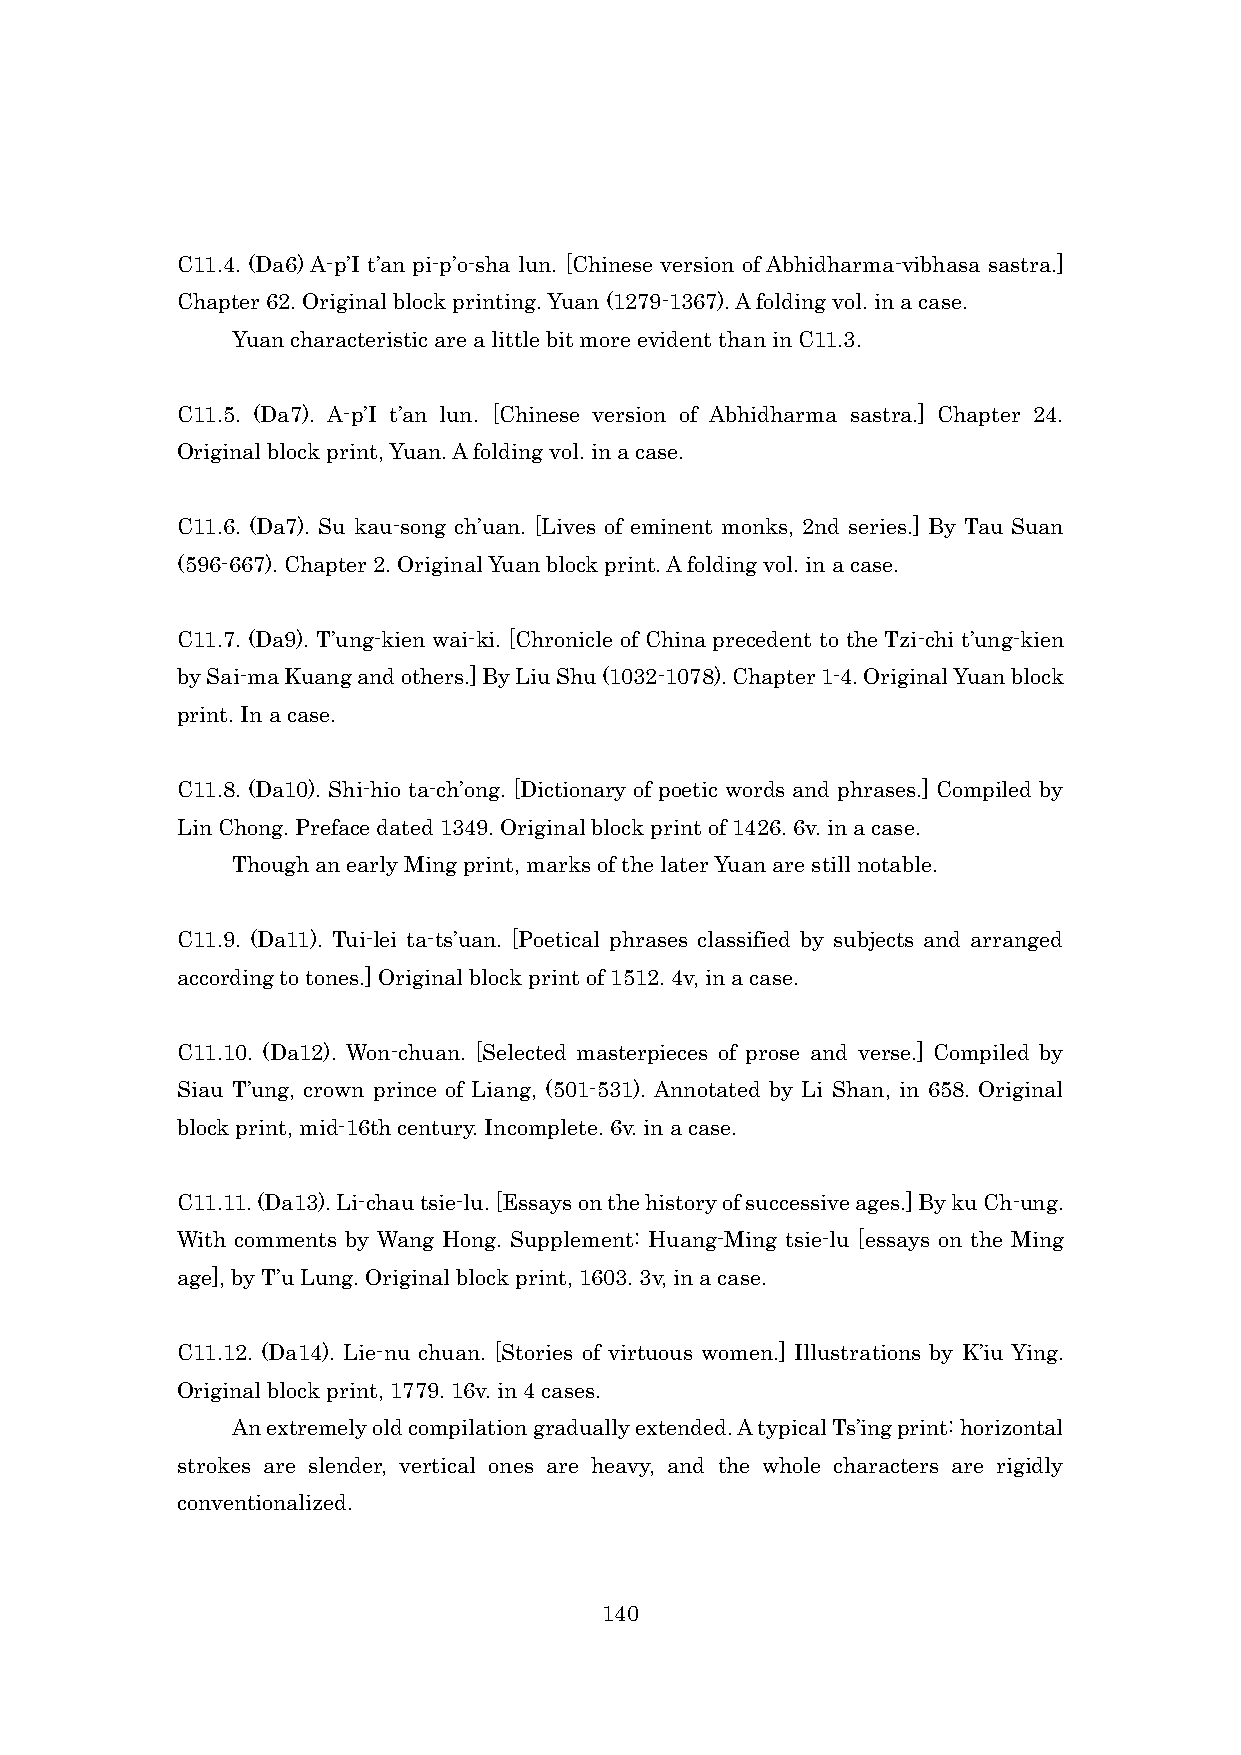
C11.4. (Da6) A-p’I t’an pi-p’o-sha lun. [Chinese version of Abhidharma-vibhasa sastra.]
 Chapter 62. Original block printing. Yuan (1279-1367). A folding vol. in a case.
 Yuan characteristic are a little bit more evident than in C11.3.
 C11.5. (Da7). A-p’I t’an lun. [Chinese version of Abhidharma sastra.] Chapter 24.
 Original block print, Yuan. A folding vol. in a case.
 C11.6. (Da7). Su kau-song ch’uan. [Lives of eminent monks, 2nd series.] By Tau Suan
 (596-667). Chapter 2. Original Yuan block print. A folding vol. in a case.
 C11.7. (Da9). T’ung-kien wai-ki. [Chronicle of China precedent to the Tzi-chi t’ung-kien
 by Sai-ma Kuang and others.] By Liu Shu (1032-1078). Chapter 1-4. Original Yuan block
 print. In a case.
 C11.8. (Da10). Shi-hio ta-ch’ong. [Dictionary of poetic words and phrases.] Compiled by
 Lin Chong. Preface dated 1349. Original block print of 1426. 6v. in a case.
 Though an early Ming print, marks of the later Yuan are still notable.
 C11.9. (Da11). Tui-lei ta-ts’uan. [Poetical phrases classified by subjects and arranged
 according to tones.] Original block print of 1512. 4v, in a case.
 C11.10. (Da12). Won-chuan. [Selected masterpieces of prose and verse.] Compiled by
 Siau T’ung, crown prince of Liang, (501-531). Annotated by Li Shan, in 658. Original
 block print, mid-16th century. Incomplete. 6v. in a case.
 C11.11. (Da13). Li-chau tsie-lu. [Essays on the history of successive ages.] By ku Ch-ung.
 With comments by Wang Hong. Supplement: Huang-Ming tsie-lu [essays on the Ming
 age], by T’u Lung. Original block print, 1603. 3v, in a case.
 C11.12. (Da14). Lie-nu chuan. [Stories of virtuous women.] Illustrations by K’iu Ying.
 Original block print, 1779. 16v. in 4 cases.
 An extremely old compilation gradually extended. A typical Ts’ing print: horizontal
 strokes are slender, vertical ones are heavy, and the whole characters are rigidly
 conventionalized.
 140